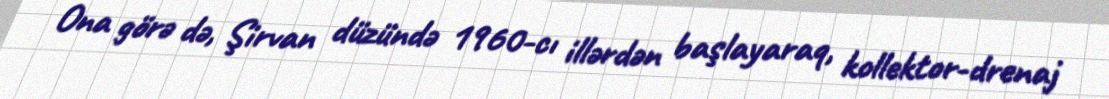
Ona görə də, Şirvan düzündə 1960-cı illərdən başlayaraq, kollektor-drenaj